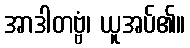
အာဒါတဗ္ဗံ၊ ယူအပ်၏။